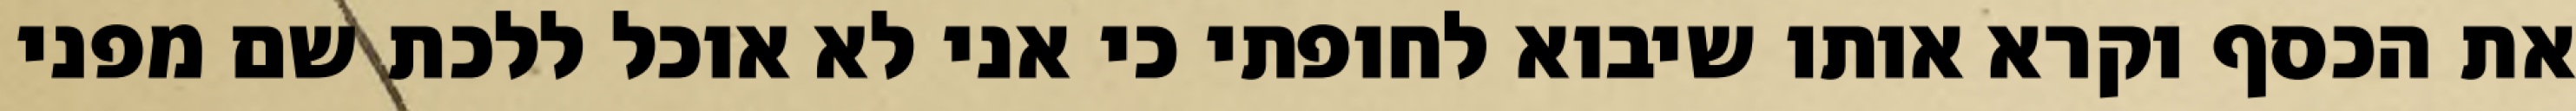
את הכסף וקרא אותו שיבוא לחופתי כי אני לא אוכל ללכת שם מפני